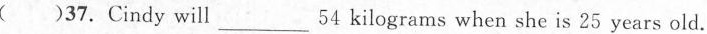
( )37. Cindy will ___ 54 kilograms when she is 25 years old.